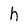
Character: h